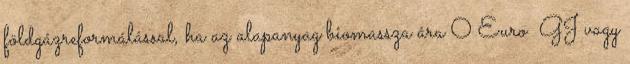
földgázreformálással, ha az alapanyag biomassza ára 0 Euro GJ vagy